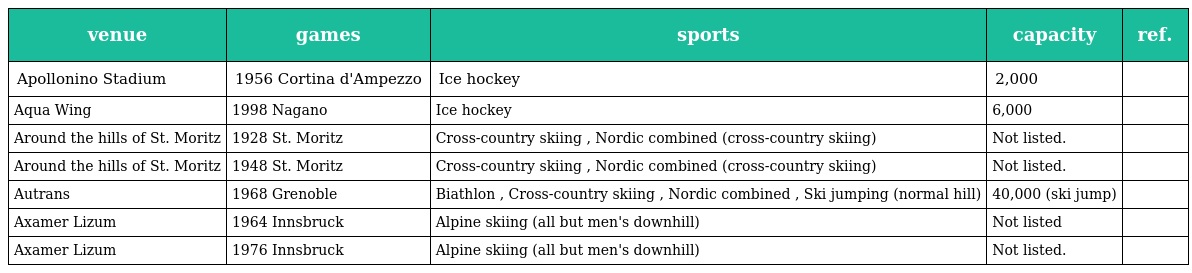
| venue | games | sports | capacity | ref. |
 | --- | --- | --- | --- | --- |
 | Apollonino Stadium | 1956 Cortina d'Ampezzo | Ice hockey | 2,000 |  |
 | Aqua Wing | 1998 Nagano | Ice hockey | 6,000 |  |
 | Around the hills of St. Moritz | 1928 St. Moritz | Cross-country skiing , Nordic combined (cross-country skiing) | Not listed. |  |
 | Around the hills of St. Moritz | 1948 St. Moritz | Cross-country skiing , Nordic combined (cross-country skiing) | Not listed. |  |
 | Autrans | 1968 Grenoble | Biathlon , Cross-country skiing , Nordic combined , Ski jumping (normal hill) | 40,000 (ski jump) |  |
 | Axamer Lizum | 1964 Innsbruck | Alpine skiing (all but men's downhill) | Not listed |  |
 | Axamer Lizum | 1976 Innsbruck | Alpine skiing (all but men's downhill) | Not listed. |  |